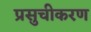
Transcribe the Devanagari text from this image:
प्रसुचीकरण